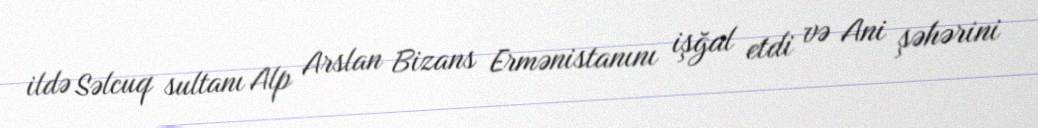
ildə Səlcuq sultanı Alp Arslan Bizans Ermənistanını işğal etdi və Ani şəhərini